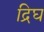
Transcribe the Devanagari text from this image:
द्रिघ